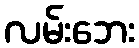
လမ်းဘေး